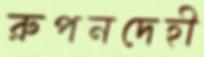
রুপনদেহী